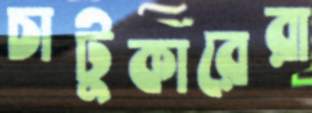
চাটুকারেরা